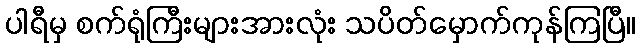
ပါရီမှ စက်ရုံကြီးများအားလုံး သပိတ်မှောက်ကုန်ကြပြီ။